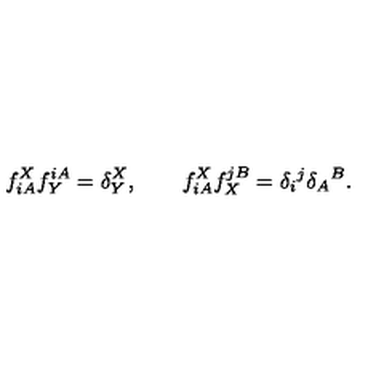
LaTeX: f _ { i A } ^ { X } f _ { Y } ^ { i A } = \delta _ { Y } ^ { X } , \qquad f _ { i A } ^ { X } f _ { X } ^ { j B } = \delta _ { i } { } ^ { j } \delta _ { A } { } ^ { B } .